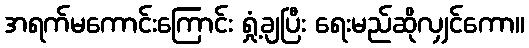
အရက်မကောင်းကြောင်း ရှုံ့ချပြီး ရေးမည်ဆိုလျှင်ကော။